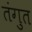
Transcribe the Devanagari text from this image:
तंगुत